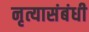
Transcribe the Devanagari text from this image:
नृत्यासंबंधी